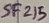
Text: SF215